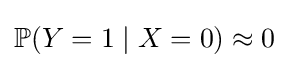
\mathbb {P} (Y=1\mid X=0)\approx 0